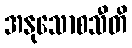
အနုသောစသီတိ